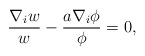
\begin{align*} \frac{\nabla_i w}{w} - \frac{a \nabla_i \phi}{\phi} = 0,\end{align*}